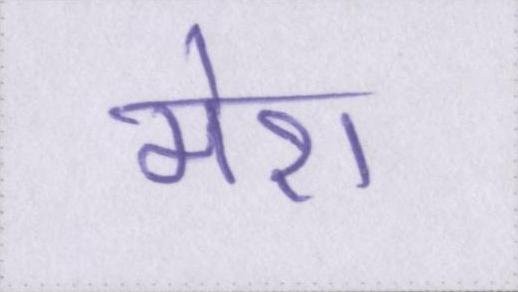
मेरा